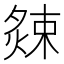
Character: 𭵫